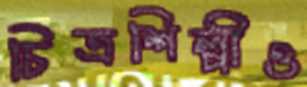
চিত্রশিল্পীও